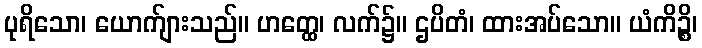
ပုရိသော၊ ယောက်ျားသည်။ ဟတ္ထေ၊ လက်၌။ ဌပိတံ၊ ထားအပ်သော။ ယံကိဉ္စိ၊